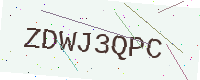
Text: ZDWJ3QPC